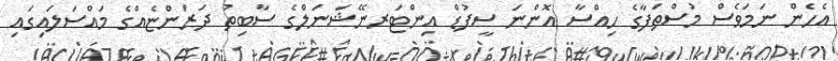
އެހެން ނަމަވެސް މުސްތަފާގެ ހިއްސާ އޮންނަ ސީފުޑް އިންޓަރނޭޝަނަލްގެ ސާބިތު ދަރަންޏެއްގެ މައްސަލައިގައި